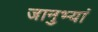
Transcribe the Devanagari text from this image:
जानुभ्यां